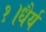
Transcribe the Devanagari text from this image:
१।धैर्य